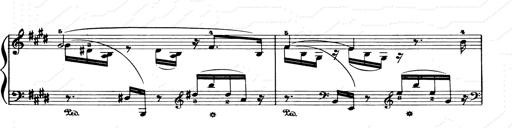
Title: Consolations and LiebestrÃ¤ume for the Piano
Composer: Franz Liszt